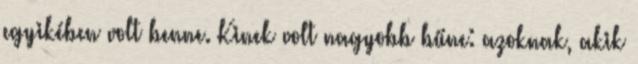
egyikében volt benne. Kinek volt nagyobb bűne: azoknak, akik